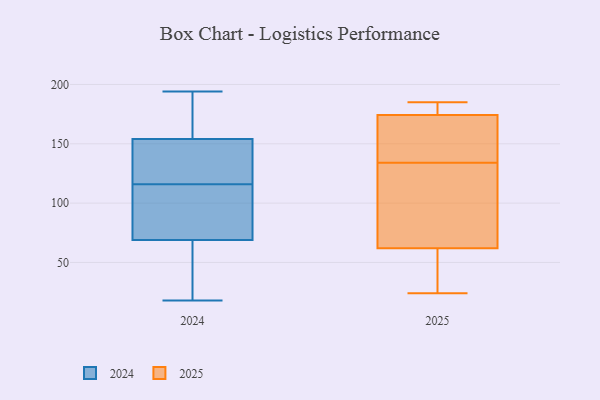
{"axis": {"x": "Headcount", "y": "Value"}, "legend": ["2024", "2025"], "data": [{"x": "", "y": 43, "type": "2024"}, {"x": "", "y": 102, "type": "2024"}, {"x": "", "y": 125, "type": "2024"}, {"x": "", "y": 194, "type": "2024"}, {"x": "", "y": 121, "type": "2024"}, {"x": "", "y": 128, "type": "2024"}, {"x": "", "y": 149, "type": "2024"}, {"x": "", "y": 105, "type": "2024"}, {"x": "", "y": 160, "type": "2024"}, {"x": "", "y": 99, "type": "2024"}, {"x": "", "y": 111, "type": "2024"}, {"x": "", "y": 43, "type": "2024"}, {"x": "", "y": 126, "type": "2024"}, {"x": "", "y": 21, "type": "2024"}, {"x": "", "y": 71, "type": "2024"}, {"x": "", "y": 67, "type": "2024"}, {"x": "", "y": 185, "type": "2024"}, {"x": "", "y": 18, "type": "2024"}, {"x": "", "y": 159, "type": "2024"}, {"x": "", "y": 172, "type": "2024"}, {"x": "", "y": 24, "type": "2025"}, {"x": "", "y": 34, "type": "2025"}, {"x": "", "y": 178, "type": "2025"}, {"x": "", "y": 175, "type": "2025"}, {"x": "", "y": 176, "type": "2025"}, {"x": "", "y": 49, "type": "2025"}, {"x": "", "y": 158, "type": "2025"}, {"x": "", "y": 172, "type": "2025"}, {"x": "", "y": 122, "type": "2025"}, {"x": "", "y": 77, "type": "2025"}, {"x": "", "y": 36, "type": "2025"}, {"x": "", "y": 57, "type": "2025"}, {"x": "", "y": 141, "type": "2025"}, {"x": "", "y": 113, "type": "2025"}, {"x": "", "y": 134, "type": "2025"}, {"x": "", "y": 178, "type": "2025"}, {"x": "", "y": 99, "type": "2025"}, {"x": "", "y": 185, "type": "2025"}, {"x": "", "y": 148, "type": "2025"}]}